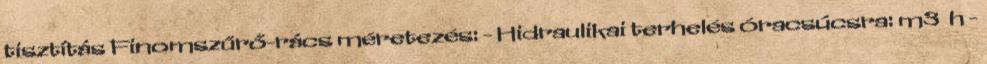
tisztítás Finomszűrő-rács méretezés: - Hidraulikai terhelés óracsúcsra: m3 h -